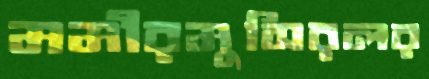
মমীরমুসিরলর